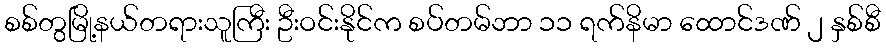
စစ်တွမြို့နယ်တရားသူကြီး ဦးဝင်းနိုင်က စပ်တမ်ဘာ ၁၁ ရက်နိမာ ထောင်ဒဏ် ၂ နှစ်စီ